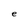
Character: e